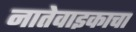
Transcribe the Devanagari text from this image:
नातेवाइकाचा